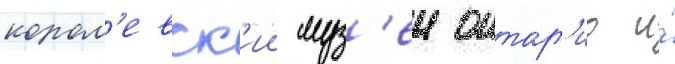
корол'евск'ии муз'еи онтар'ио и́